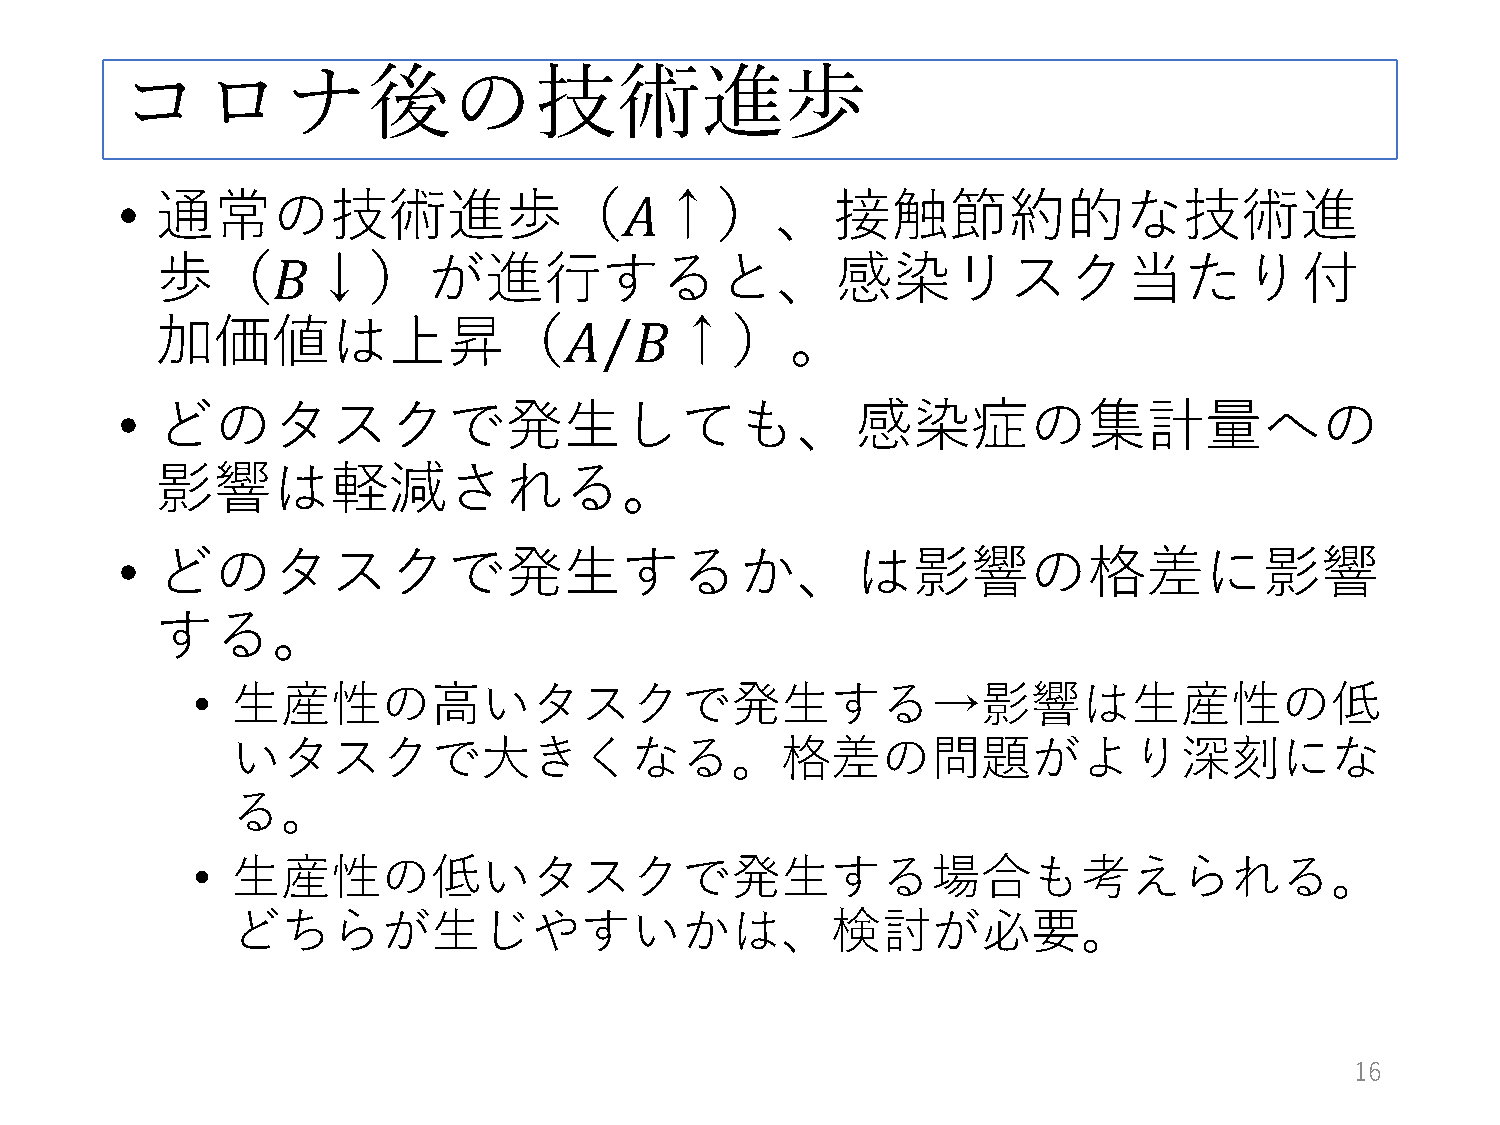
コロナ後の技術進歩
 • 通常の技術進歩（                          ↑）、接触節約的な技術進
 歩（         ↓）が進行すると、感染リスク当たり付
 加価値は上昇（                        𝐴𝐴  ↑）。
 𝐵𝐵
 • どのタスクで発生しても、感染症の集計量への
 𝐴𝐴⁄𝐵𝐵
 影響は軽減される。
 • どのタスクで発生するか、は影響の格差に影響
 する。
 • 生産性の高いタスクで発生する→影響は生産性の低
 いタスクで大きくなる。格差の問題がより深刻にな
 る。
 • 生産性の低いタスクで発生する場合も考えられる。
 どちらが生じやすいかは、検討が必要。
 16